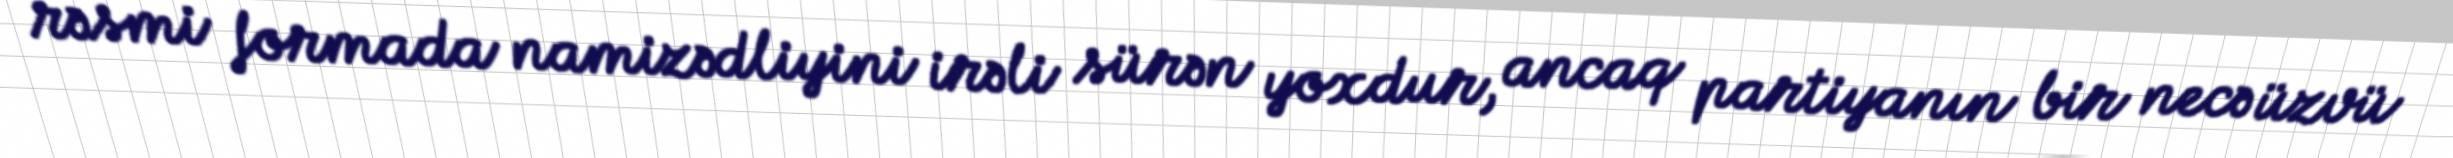
rəsmi formada namizədliyini irəli sürən yoxdur, ancaq partiyanın bir necə üzvü